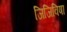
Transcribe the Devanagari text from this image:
जिजिविषा